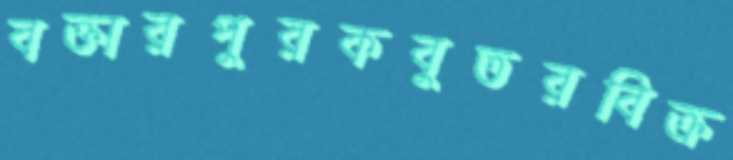
বক্তারপুরকবুতরবিক্র